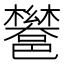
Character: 𮠏